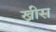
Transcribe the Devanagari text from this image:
ख्रीस